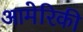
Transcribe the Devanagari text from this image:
आमेरिकी